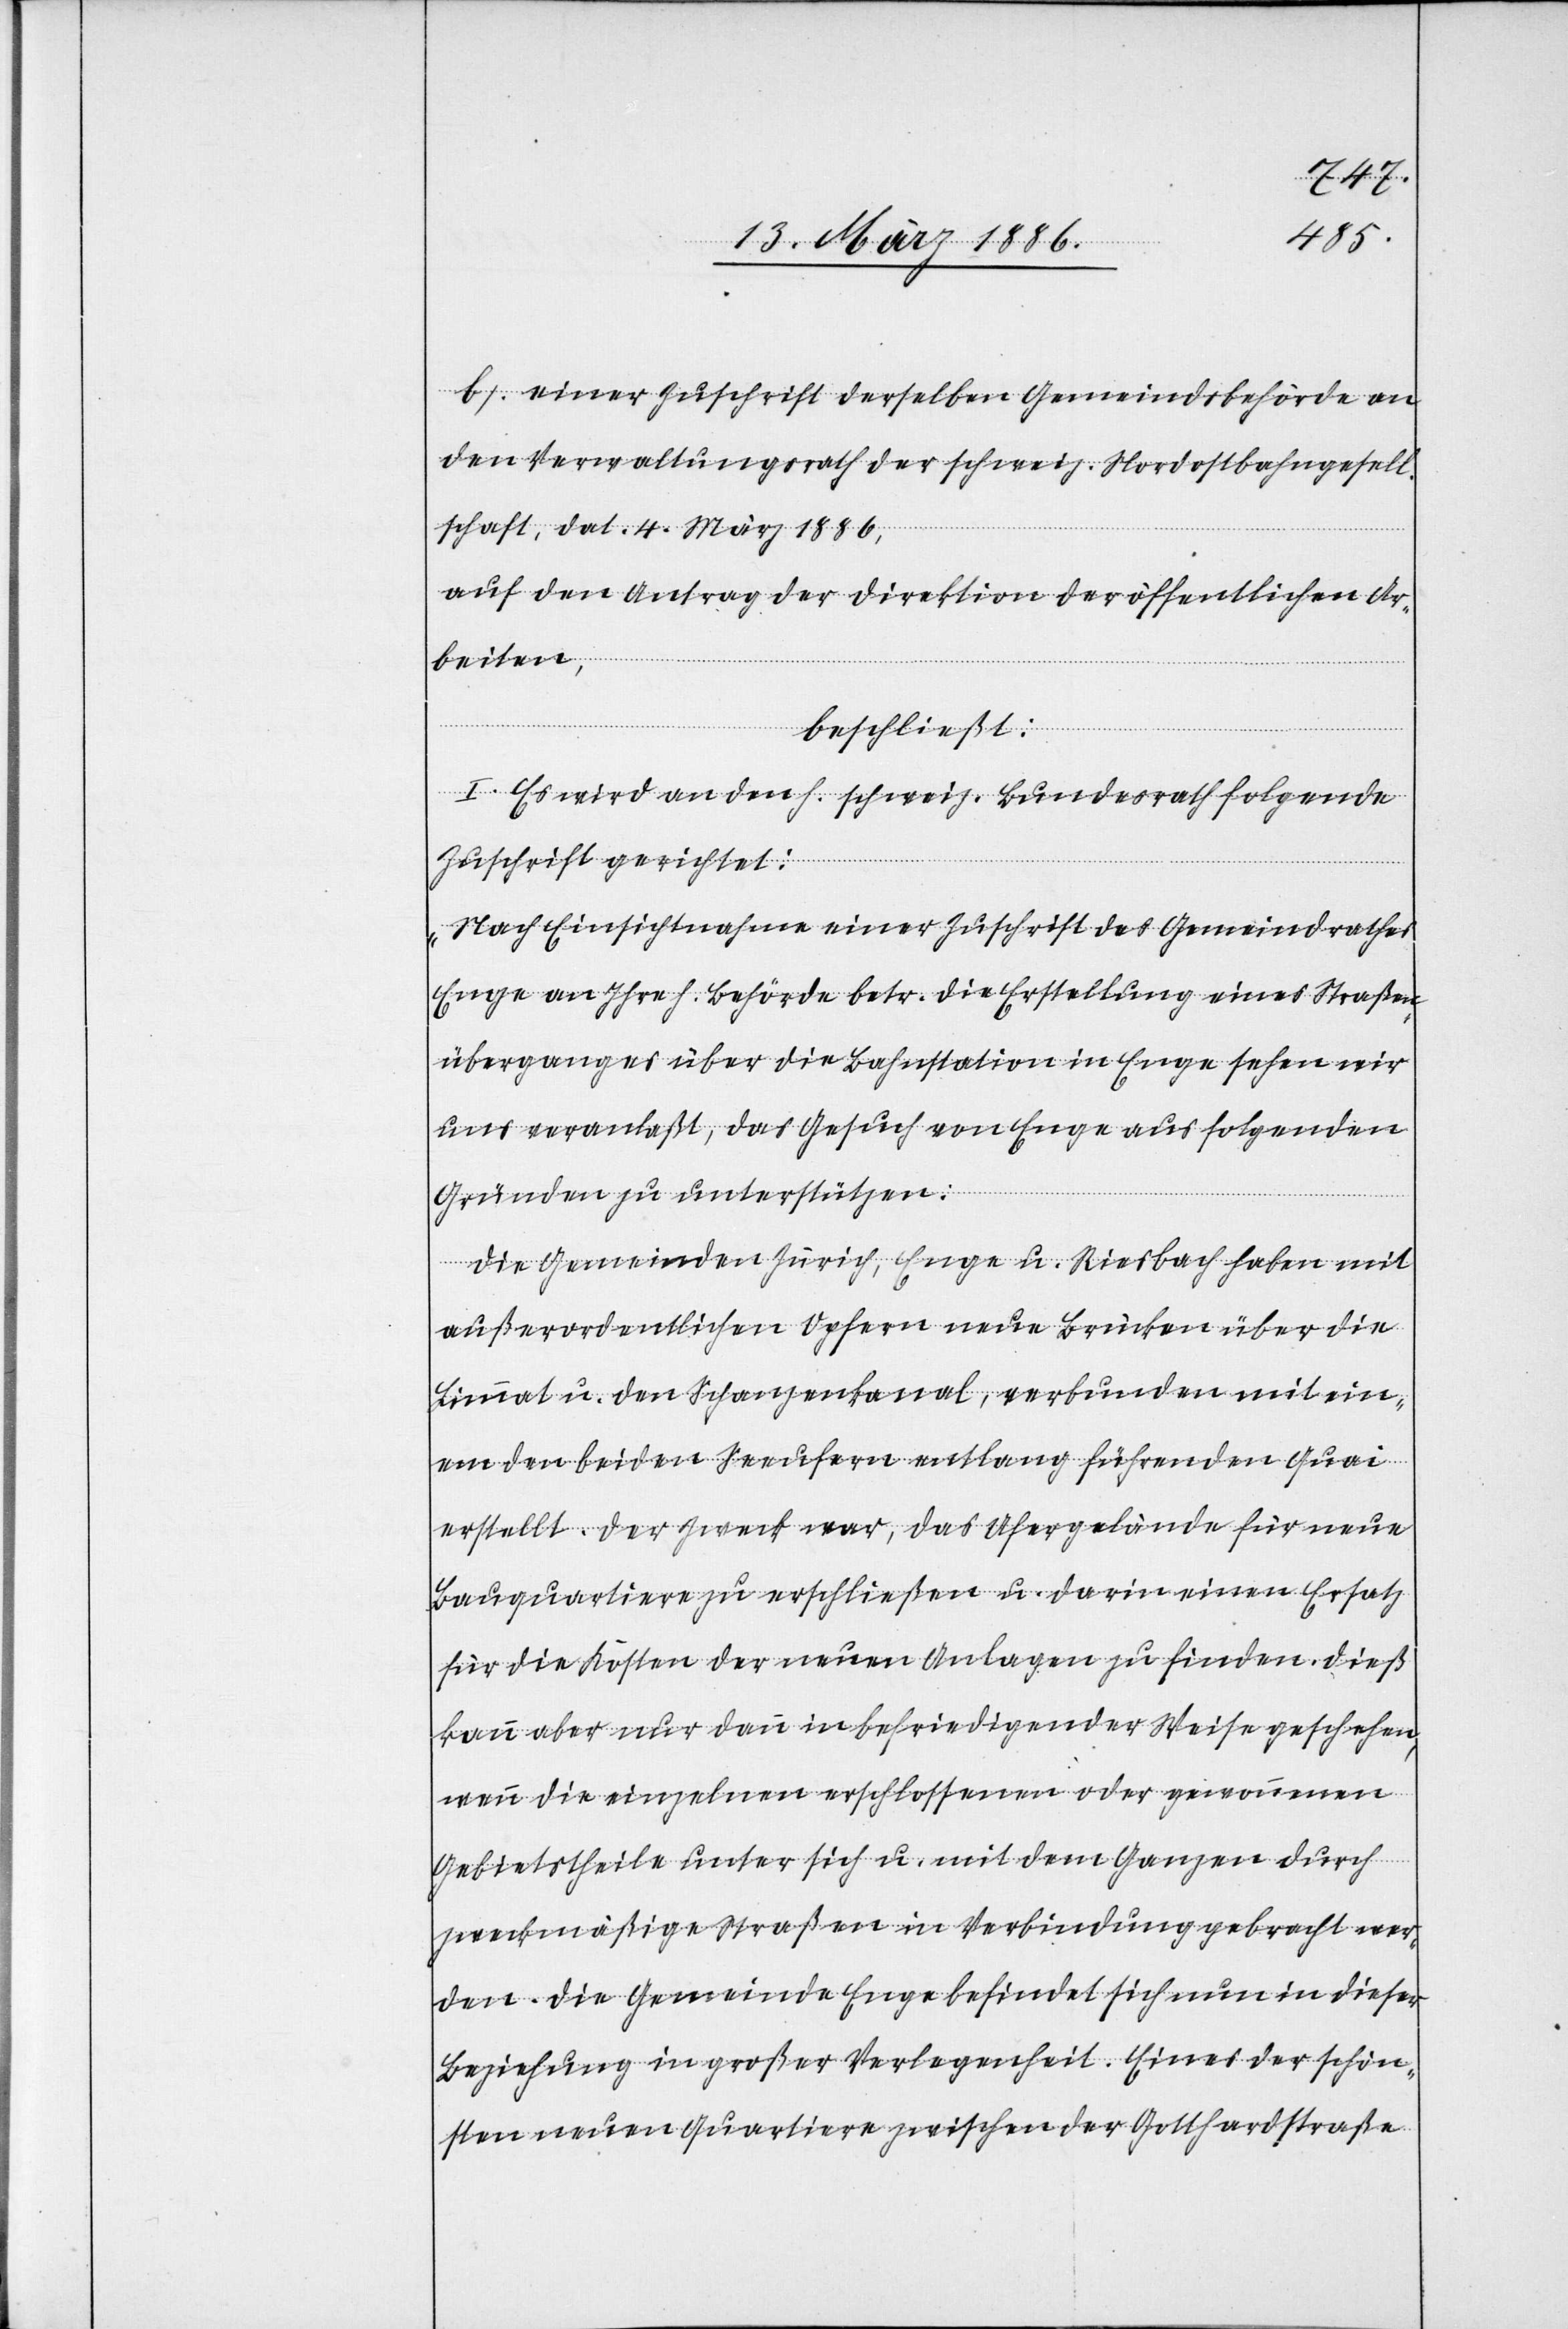
b) einer Zuschrift derselben Gemeindsbehörde an
den Verwaltungsrath der schweiz. Nordostbahngesell¬
schaft, dat. 4. März 1886,
auf den Antrag der Direktion der öffentlichen Ar¬
beiten,
beschließt:
I. Es wird an den h. schweiz. Bundesrath folgende
Zuschrift gerichtet:
„Nach Einsichtnahme einer Zuschrift des Gemeindrathes
Enge an Ihre h. Behörde betr. die Erstellung eines Straßen¬
überganges über die Bahnstation in Enge sehen wir
uns veranlaßt, das Gesuch von Enge aus folgenden
Gründen zu unterstützen:
Die Gemeinden Zürich, Enge u. Riesbach haben mit
außerordentlichen Opfern neue Brücken über die
Limmat u. den Schanzenkanal, verbunden mit ein¬
em den beiden Seeufern entlang führendem Quai
erstellt. Der Zweck war, das Ufergelände für neue
Bauquartiere zu erschließen u. darin einen Ersatz
für die Kosten der neuen Anlage zu finden. Dieß
kann aber nur dann in befriedigender Weise geschehen,
wenn di einzelnen erschlossenen oder genommenen
Gebietstheile unter sich u. mit dem Ganzen durch
zweckmäßige Straßen in Verbindung gebracht wer¬
den. Die Gemeinde Enge befindet sich nun in dieser
Beziehung in großer Verlegenheit. Eines der schön¬
sten neuen Quartiere zwischen der Gotthardstraße